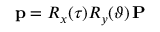
\mathbf { p } = R _ { x } ( \tau ) R _ { y } ( \vartheta ) \, \mathbf { P }